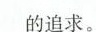
的追求。